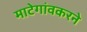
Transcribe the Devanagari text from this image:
माटेगांवकरने